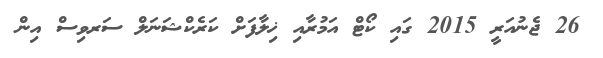
26 ޖެނުއަރީ 2015 ގައި ކޯޓް އަމުރާއި ޚިލާފަށް ކަރެކްޝަނަލް ސަރވިސް އިން